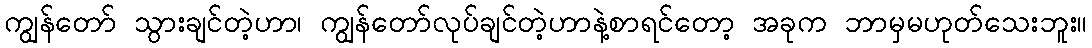
ကျွန်တော် သွားချင်တဲ့ဟာ၊ ကျွန်တော်လုပ်ချင်တဲ့ဟာနဲ့စာရင်တော့ အခုက ဘာမှမဟုတ်သေးဘူး။